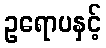
ဥရောပနှင့်